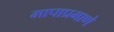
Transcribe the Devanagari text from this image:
मापाप्रमाणे